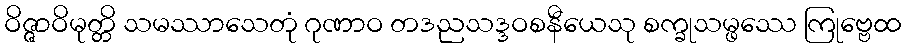
ဝိဇ္ဇာဝိမုတ္တိ သမဿာသေတုံ ဂုဏာဝ တဒညသဒ္ဒဝစနီယေသု စက္ခုသမ္ဖဿေ ကြုဗ္ဗေထ